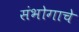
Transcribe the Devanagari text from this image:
संभोगाचे